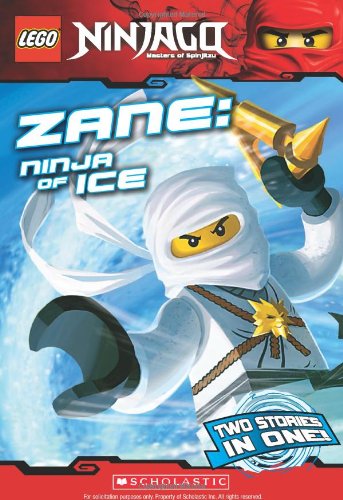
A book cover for LEGO Ninjago Chapter Book: Zane, Ninja of Ice; Scholastic; Children's Books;